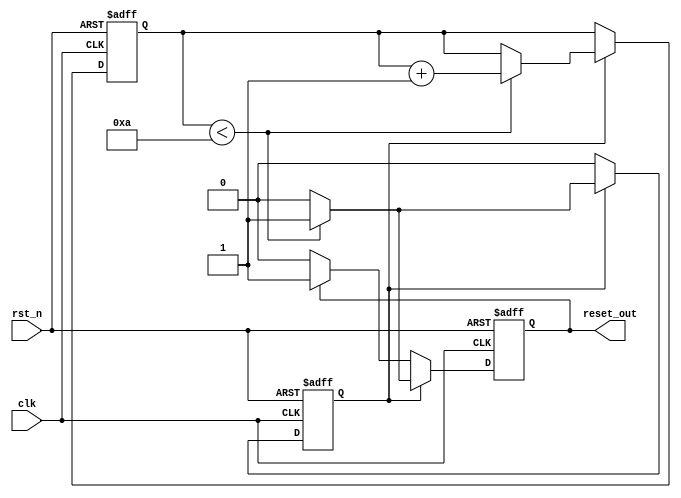
module power_on_reset (
    input wire clk,        // Clock signal
    input wire rst_n,      // Active-low external reset signal
    output reg reset_out   // Output reset signal
);

    // Parameters
    parameter RESET_DURATION = 10; // Duration of reset in clock cycles

    // Internal signals
    reg [3:0] counter; // Counter to track reset duration
    reg power_on_reset_active; // Flag to indicate power-on reset state

    // State management
    always @(posedge clk or negedge rst_n) begin
        if (!rst_n) begin
            // If external reset is asserted, assert reset_out
            reset_out <= 1'b1;
            counter <= 0;
            power_on_reset_active <= 1'b0; // Reset active
        end else begin
            if (power_on_reset_active) begin
                // If we are in power-on reset phase
                if (counter < RESET_DURATION) begin
                    counter <= counter + 1;
                    reset_out <= 1'b1; // Keep reset asserted
                end else begin
                    reset_out <= 1'b0; // De-assert reset after duration
                    power_on_reset_active <= 1'b0; // Exit power-on reset phase
                end
            end else begin
                // Normal operation
                if (reset_out == 1'b0) begin
                    // If reset is de-asserted, do nothing
                    reset_out <= 1'b0;
                end else begin
                    // If reset_out is still asserted, we are in power-on reset
                    reset_out <= 1'b1;
                end
            end
        end
    end

    // Power-on reset initialization
    initial begin
        reset_out = 1'b1; // Assert reset initially
        counter = 0;
        power_on_reset_active = 1'b1; // Start in power-on reset phase
    end

endmodule